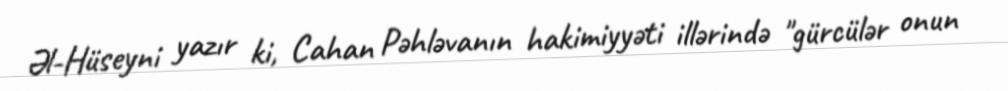
Əl-Hüseyni yazır ki, Cahan Pəhləvanın hakimiyyəti illərində "gürcülər onun